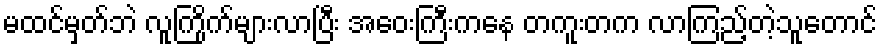
မထင်မှတ်ဘဲ လူကြိုက်များလာပြီး အဝေးကြီးကနေ တကူးတက လာကြည့်တဲ့သူတောင်